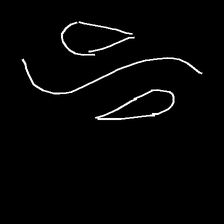
Glyph: water